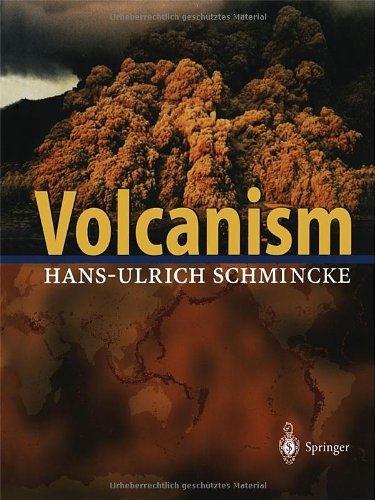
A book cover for Volcanism; Hans-Ulrich Schmincke; Science & Math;